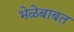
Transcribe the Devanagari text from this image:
भेळेबाबत